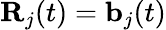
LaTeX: {\mathbf R}_{j}(t)={\mathbf b}_{j}(t)